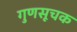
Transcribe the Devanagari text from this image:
गुणसूचक